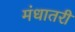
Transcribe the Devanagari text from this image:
मंधातरी